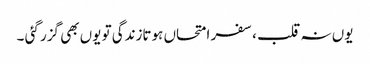
یوں نہ قلب ،سفر امتحاں ہوتازندگی تو یوں بھی گزر گئی ۔